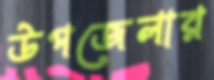
উপজেলার